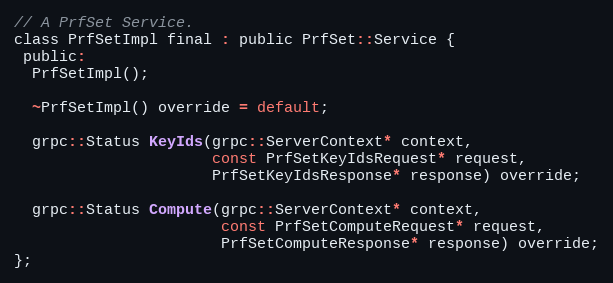
Language: C
// A PrfSet Service.
class PrfSetImpl final : public PrfSet::Service {
 public:
  PrfSetImpl();

  ~PrfSetImpl() override = default;

  grpc::Status KeyIds(grpc::ServerContext* context,
                      const PrfSetKeyIdsRequest* request,
                      PrfSetKeyIdsResponse* response) override;

  grpc::Status Compute(grpc::ServerContext* context,
                       const PrfSetComputeRequest* request,
                       PrfSetComputeResponse* response) override;
};